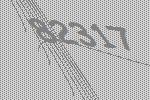
82317